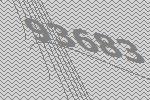
93683